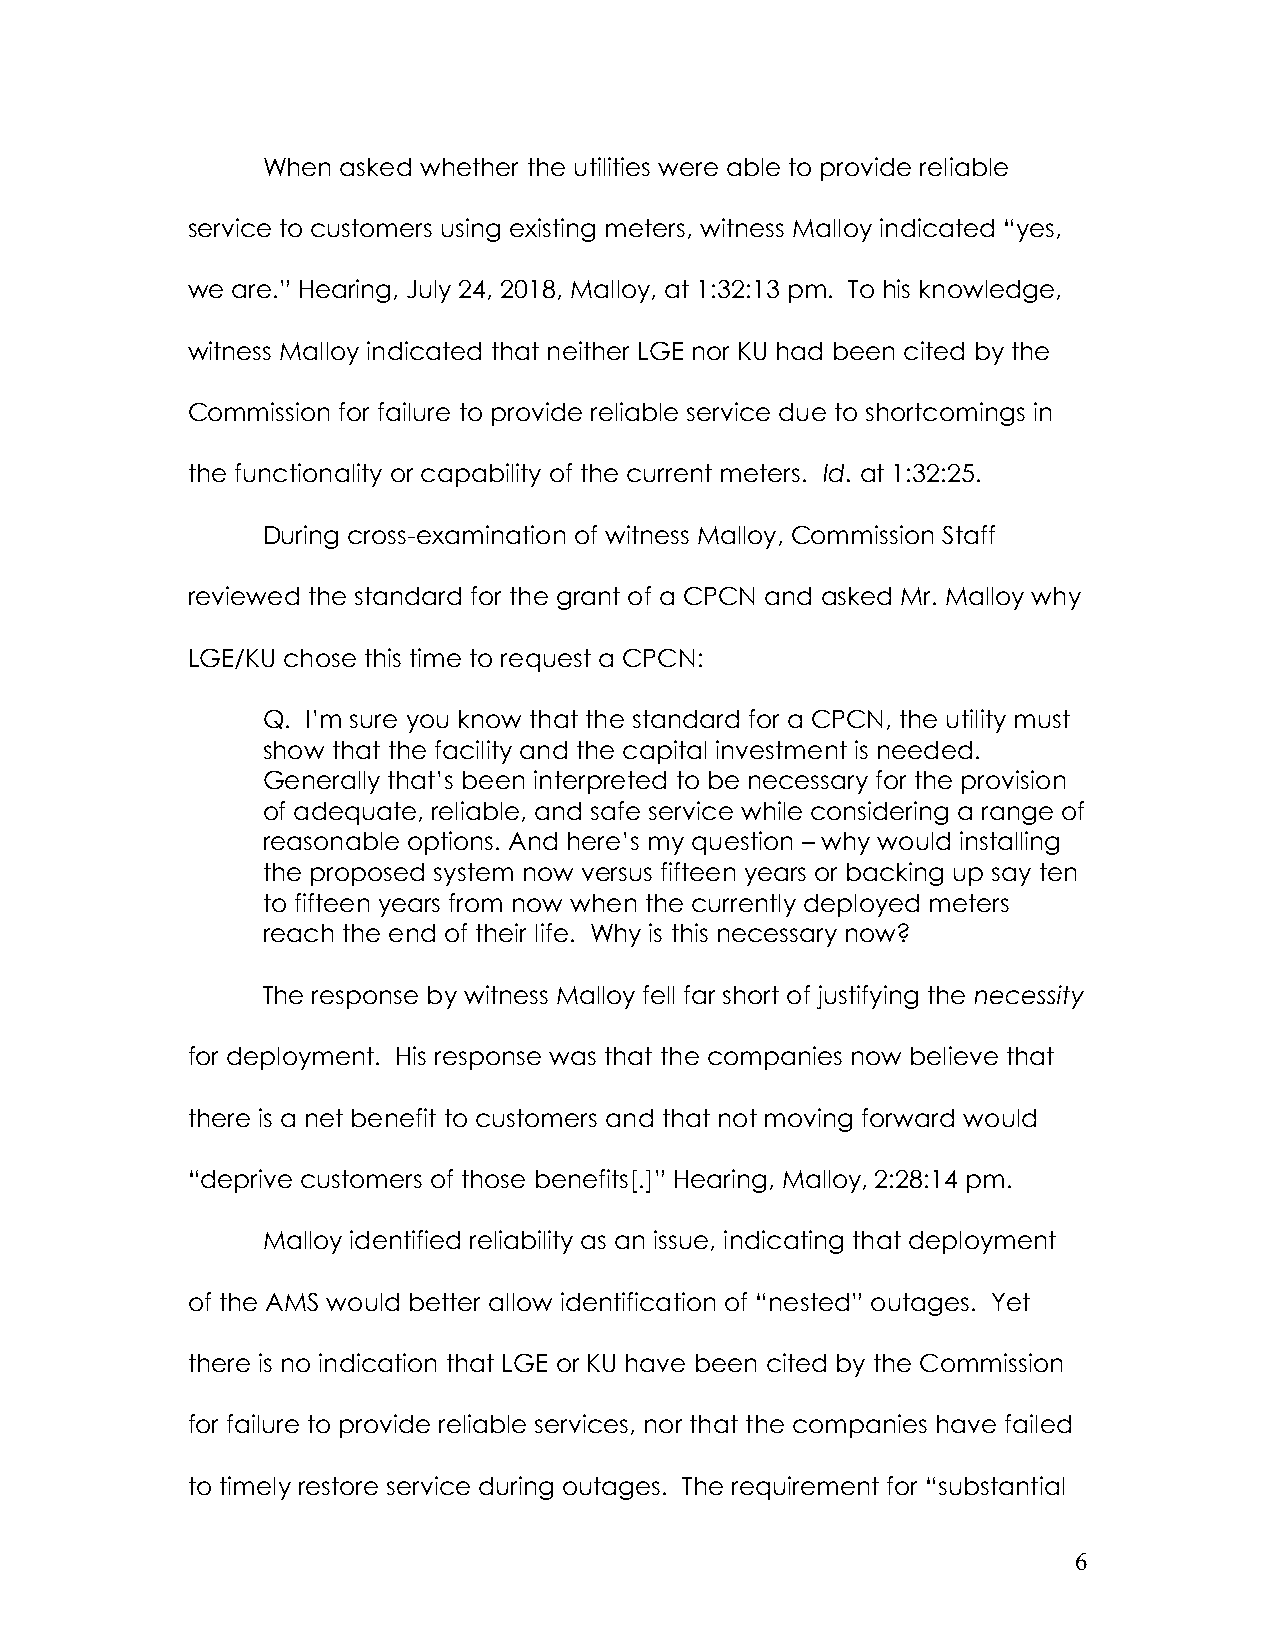
When  asked whether the utilities were able to provide reliable
 service to customers using existing meters, witness Malloy indicated “yes,
 we are.” Hearing, July 24, 2018, Malloy, at 1:32:13 pm. To his knowledge,
 witness Malloy indicated that neither LGE nor KU had been cited by the
 Commission for failure to provide reliable service due to shortcomings in
 the functionality or capability of the current meters. Id. at 1:32:25.
 During cross-examination of witness Malloy, Commission Staff
 reviewed the standard for the grant of a CPCN and asked Mr. Malloy why
 LGE/KU chose this time to request a CPCN:
 Q. I’m sure you know that the standard for a CPCN, the utility must
 show that the facility and the capital investment is needed.
 Generally that’s been interpreted to be necessary for the provision
 of adequate, reliable, and safe service while considering a range of
 reasonable options. And here’s my question – why would installing
 the proposed system now versus fifteen years or backing up say ten
 to fifteen years from now when the currently deployed meters
 reach the end of their life. Why is this necessary now?
 The response by witness Malloy fell far short of justifying the necessity
 for deployment. His response was that the companies now believe that
 there is a net benefit to customers and that not moving forward would
 “deprive customers of those benefits[.]” Hearing, Malloy, 2:28:14 pm.
 Malloy identified reliability as an issue, indicating that deployment
 of the AMS would better allow identification of “nested” outages. Yet
 there is no indication that LGE or KU have been cited by the Commission
 for failure to provide reliable services, nor that the companies have failed
 to timely restore service during outages. The requirement for “substantial
 6